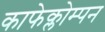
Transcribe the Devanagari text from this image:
काफेक्लोम्पन